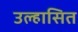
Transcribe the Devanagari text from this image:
उल्हासित